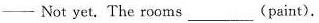
- Not yet. The rooms___(paint).